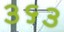
૩૬૩